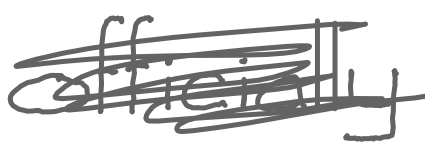
Text: officially
Cross-out: scratch
Writing tool: digital_gray